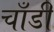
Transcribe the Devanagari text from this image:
चाँडी